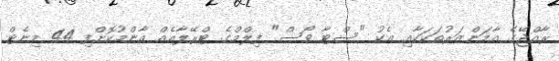
ރާއްޖޭގެ އާމަންޒަރުތަކަކާއި އެކު "ސްޓާ ވޯސް" ފިލްމްގެ ޓްރޭލާއެއް އާންމުކޮށްފި 44 މިނެޓް